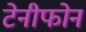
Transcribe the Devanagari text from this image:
टेनीफोन